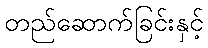
တည်ဆောက်ခြင်းနှင့်